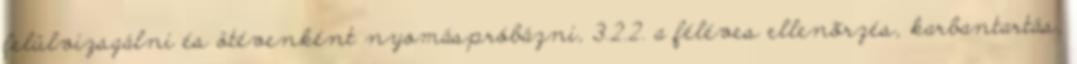
felülvizsgálni és ötévenként nyomáspróbázni, 3.2.2. a féléves ellenõrzés, karbantartás,